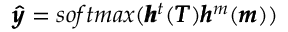
\pmb { \hat { y } } = s o f t m a x ( \pmb { h } ^ { t } ( \pmb { T } ) \pmb { h } ^ { m } ( \pmb { m } ) )